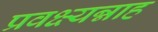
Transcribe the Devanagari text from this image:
प्रवक्ष्यन्नाह